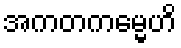
အကတကမ္မေဟိ